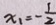
x _ { 1 } = - \frac { 1 } { 2 }